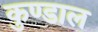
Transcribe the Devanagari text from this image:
कुण्डाल